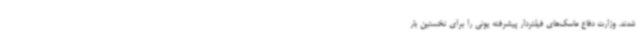
شدند. وزارت دفاع ‌ماسک‌های فیلتردار پیشرفته یونی ‌را برای نخستین بار